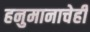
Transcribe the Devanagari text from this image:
हनुमानाचेही